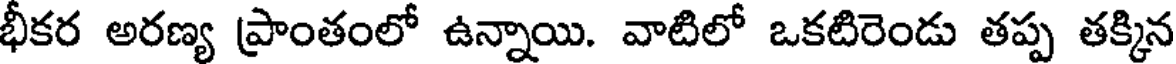
భీకర అరణ్య ప్రాంతంలో ఉన్నాయి. వాటిలో ఒకటిరెండు తప్ప తక్కిన